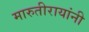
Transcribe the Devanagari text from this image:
मारुतीरायांनी